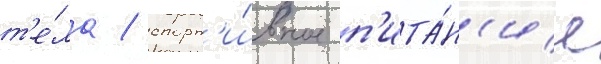
т'е́ла / спорт'и́вное п'ита́н'ие